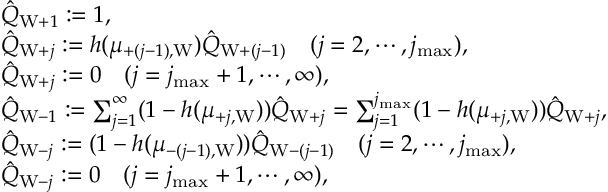
\begin{array} { r l } & { \hat { Q } _ { \mathrm { W } + 1 } : = 1 , } \\ & { \hat { Q } _ { \mathrm { W } + j } : = h ( \mu _ { + ( j - 1 ) , \mathrm { W } } ) \hat { Q } _ { \mathrm { W } + ( j - 1 ) } \quad ( j = 2 , \cdots , j _ { \operatorname* { m a x } } ) , } \\ & { \hat { Q } _ { \mathrm { W } + j } : = 0 \quad ( j = j _ { \operatorname* { m a x } } + 1 , \cdots , \infty ) , } \\ & { \hat { Q } _ { \mathrm { W } - 1 } : = \sum _ { j = 1 } ^ { \infty } ( 1 - h ( \mu _ { + j , \mathrm { W } } ) ) \hat { Q } _ { \mathrm { W } + j } = \sum _ { j = 1 } ^ { j _ { \operatorname* { m a x } } } ( 1 - h ( \mu _ { + j , \mathrm { W } } ) ) \hat { Q } _ { \mathrm { W } + j } , } \\ & { \hat { Q } _ { \mathrm { W } - j } : = ( 1 - h ( \mu _ { - ( j - 1 ) , \mathrm { W } } ) ) \hat { Q } _ { \mathrm { W } - ( j - 1 ) } \quad ( j = 2 , \cdots , j _ { \operatorname* { m a x } } ) , } \\ & { \hat { Q } _ { \mathrm { W } - j } : = 0 \quad ( j = j _ { \operatorname* { m a x } } + 1 , \cdots , \infty ) , } \end{array}